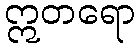
ဣတရော